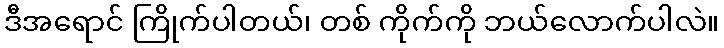
ဒီအရောင် ကြိုက်ပါတယ်၊ တစ် ကိုက်ကို ဘယ်လောက်ပါလဲ။